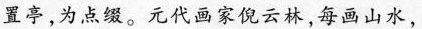
置亭，为点缀。元代画家倪云林，每画山水，